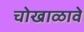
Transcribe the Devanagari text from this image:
चोखाळावे